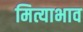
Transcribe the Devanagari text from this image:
मित्याभाव